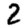
Digit: 2